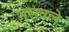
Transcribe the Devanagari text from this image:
भसवले